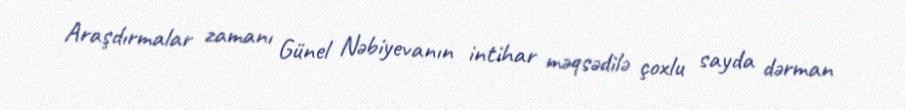
Araşdırmalar zamanı Günel Nəbiyevanın intihar məqsədilə çoxlu sayda dərman